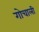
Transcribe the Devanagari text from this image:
गोचाली